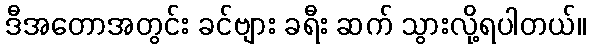
ဒီအတောအတွင်း ခင်ဗျား ခရီး ဆက် သွားလို့ရပါတယ်။